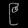
Digit: ၉